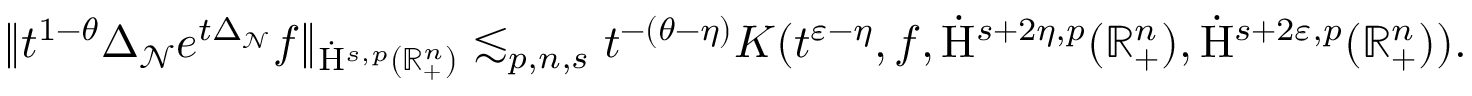
\begin{array} { r } { \lVert t ^ { 1 - \theta } \Delta _ { \mathcal { N } } e ^ { t \Delta _ { \mathcal { N } } } f \rVert _ { \dot { \mathrm { H } } ^ { s , p } ( \mathbb { R } _ { + } ^ { n } ) } \lesssim _ { p , n , s } t ^ { - ( \theta - \eta ) } K ( t ^ { \varepsilon - \eta } , f , \dot { \mathrm { H } } ^ { s + 2 \eta , p } ( \mathbb { R } _ { + } ^ { n } ) , \dot { \mathrm { H } } ^ { s + 2 \varepsilon , p } ( \mathbb { R } _ { + } ^ { n } ) ) \mathrm { . ~ } } \end{array}